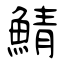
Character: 鯖